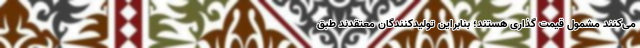
می‌کنند مشمول قیمت گذاری هستند؛ بنابراین تولیدکنندگان معتقدند طبق